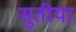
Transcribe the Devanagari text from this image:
सुतीया